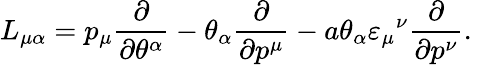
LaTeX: L_{\mu\alpha}=p_{\mu}\frac{\partial}{\partial\theta^{\alpha}}-\theta_{\alpha}\frac{\partial}{\partial p^{\mu}}-a\theta_{\alpha}\varepsilon_{\mu}{}^{\nu}\frac{\partial}{\partial p^{\nu}}.\,